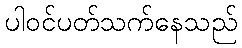
ပါဝင်ပတ်သက်နေသည်